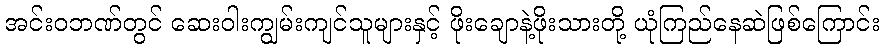
အင်းဝဘဏ်တွင် ဆေးဝါးကျွမ်းကျင်သူများနှင့် ဖိုးချောနဲ့ဖိုးသားတို့ ယုံကြည်နေဆဲဖြစ်ကြောင်း